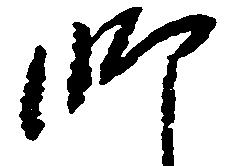
師